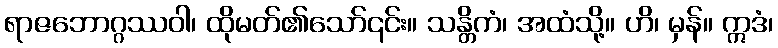
ရာဇဘောဂ္ဂဿဝါ၊ ထိုမတ်၏သော်၎င်း။ သန္တိကံ၊ အထံသို့။ ဟိ၊ မှန်။ ဣဒံ၊